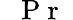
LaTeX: \mathrm{~\textit~{~P~r~}~}